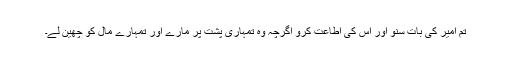
تم امیر کی بات سنو اور اس کی اطاعت کرو اگرچہ وہ تمہاری پشت پر مارے اور تمہارے مال کو چھین لے۔